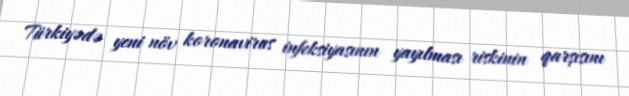
Türkiyədə yeni növ koronavirus infeksiyasının yayılması riskinin qarşısını